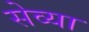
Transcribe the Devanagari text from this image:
सेव्या